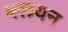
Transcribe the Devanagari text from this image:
बलयन